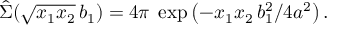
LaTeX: \hat { \Sigma } ( \sqrt { x _ { 1 } x _ { 2 } } \, b _ { 1 } ) = 4 \pi \; \exp \left( - x _ { 1 } x _ { 2 } \, b _ { 1 } ^ { 2 } / 4 a ^ { 2 } \right) .